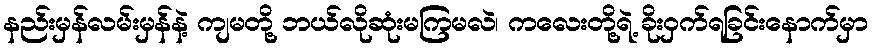
နည်းမှန်လမ်းမှန်နဲ့ ကျမတို့ ဘယ်လိုဆုံးမကြမလဲ၊ ကလေးတို့ရဲ့ ခိုးဝှက်ရခြင်းနောက်မှာ